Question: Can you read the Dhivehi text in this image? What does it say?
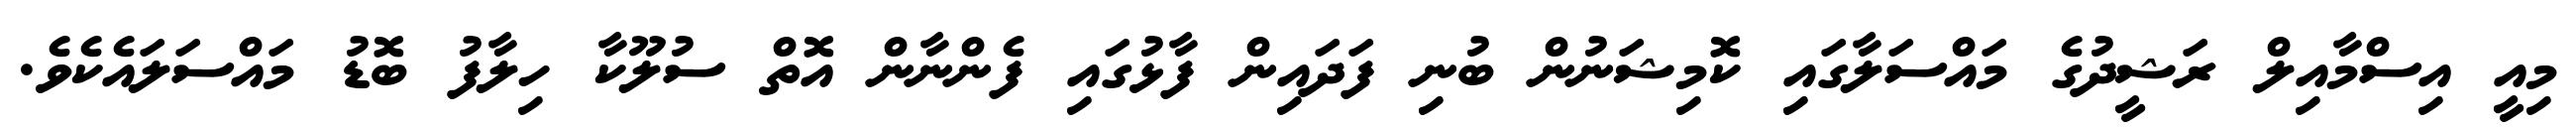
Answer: މިއީ އިސްމާއިލް ރަޝީދުގެ މައްސަލާގައި ކޮމިޝަނުން ބުނި ފަދައިން ފާޅުގައި ފެންނާން އޮތް ސުލޫކާ ހިލާފު ބޮޑު މައްސަލައެކެވެ.